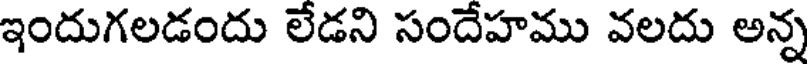
ఇందుగలడందు లేడని సందేహము వలదు అన్న